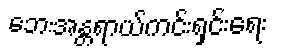
ဘေးအန္တရာယ်ကင်းရှင်းရေး